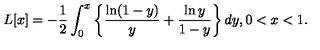
L [ x ] = - \frac { 1 } { 2 } \int _ { 0 } ^ { x } \left\{ \frac { \ln ( 1 - y ) } { y } + \frac { \ln y } { 1 - y } \right\} d y , 0 < x < 1 .